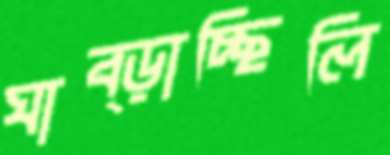
ঘাব্‌ড়াচ্ছিলি